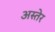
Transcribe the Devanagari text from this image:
अस्तेर